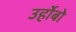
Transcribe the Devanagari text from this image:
उर्होबो